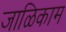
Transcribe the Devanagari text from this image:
जाळिकाम